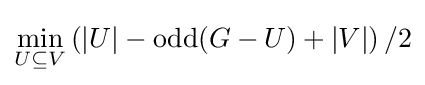
\min _{U\subseteq V}\left(|U|-\operatorname {odd} (G-U)+|V|\right)/2